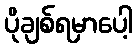
ပိုချစ်ရမှာပေါ့